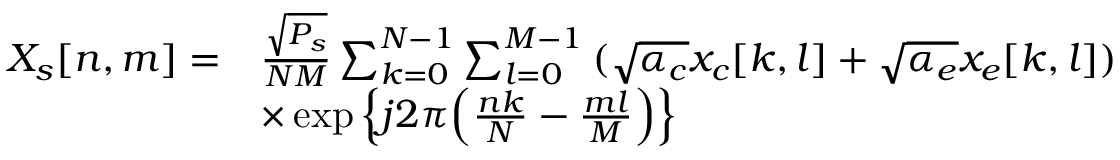
\begin{array} { r l } { { X _ { s } } [ n , m ] = } & { \frac { { \sqrt { { P _ { s } } } } } { { N M } } \sum _ { k = 0 } ^ { N - 1 } { \sum _ { l = 0 } ^ { M - 1 } { ( \sqrt { { \alpha _ { c } } } { x _ { c } } [ k , l ] + \sqrt { { \alpha _ { e } } } { x _ { e } } [ k , l ] ) } } } \\ & { \times \exp \Big \{ j 2 \pi \Big ( \frac { { n k } } { N } - \frac { { m l } } { M } \Big ) \Big \} } \end{array}